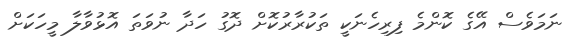
ނަމަވެސް އޭގެ ކޮންމެ ފިރިހެނަކީ ތަކުރާރުކޮށް ދޮގު ހަދާ ނުވަތަ އޮޅުވާލާ މީހަކަށް